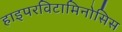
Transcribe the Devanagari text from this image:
हाइपरविटामिनोसिस